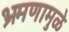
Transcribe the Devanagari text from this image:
भ्रमणामुळे